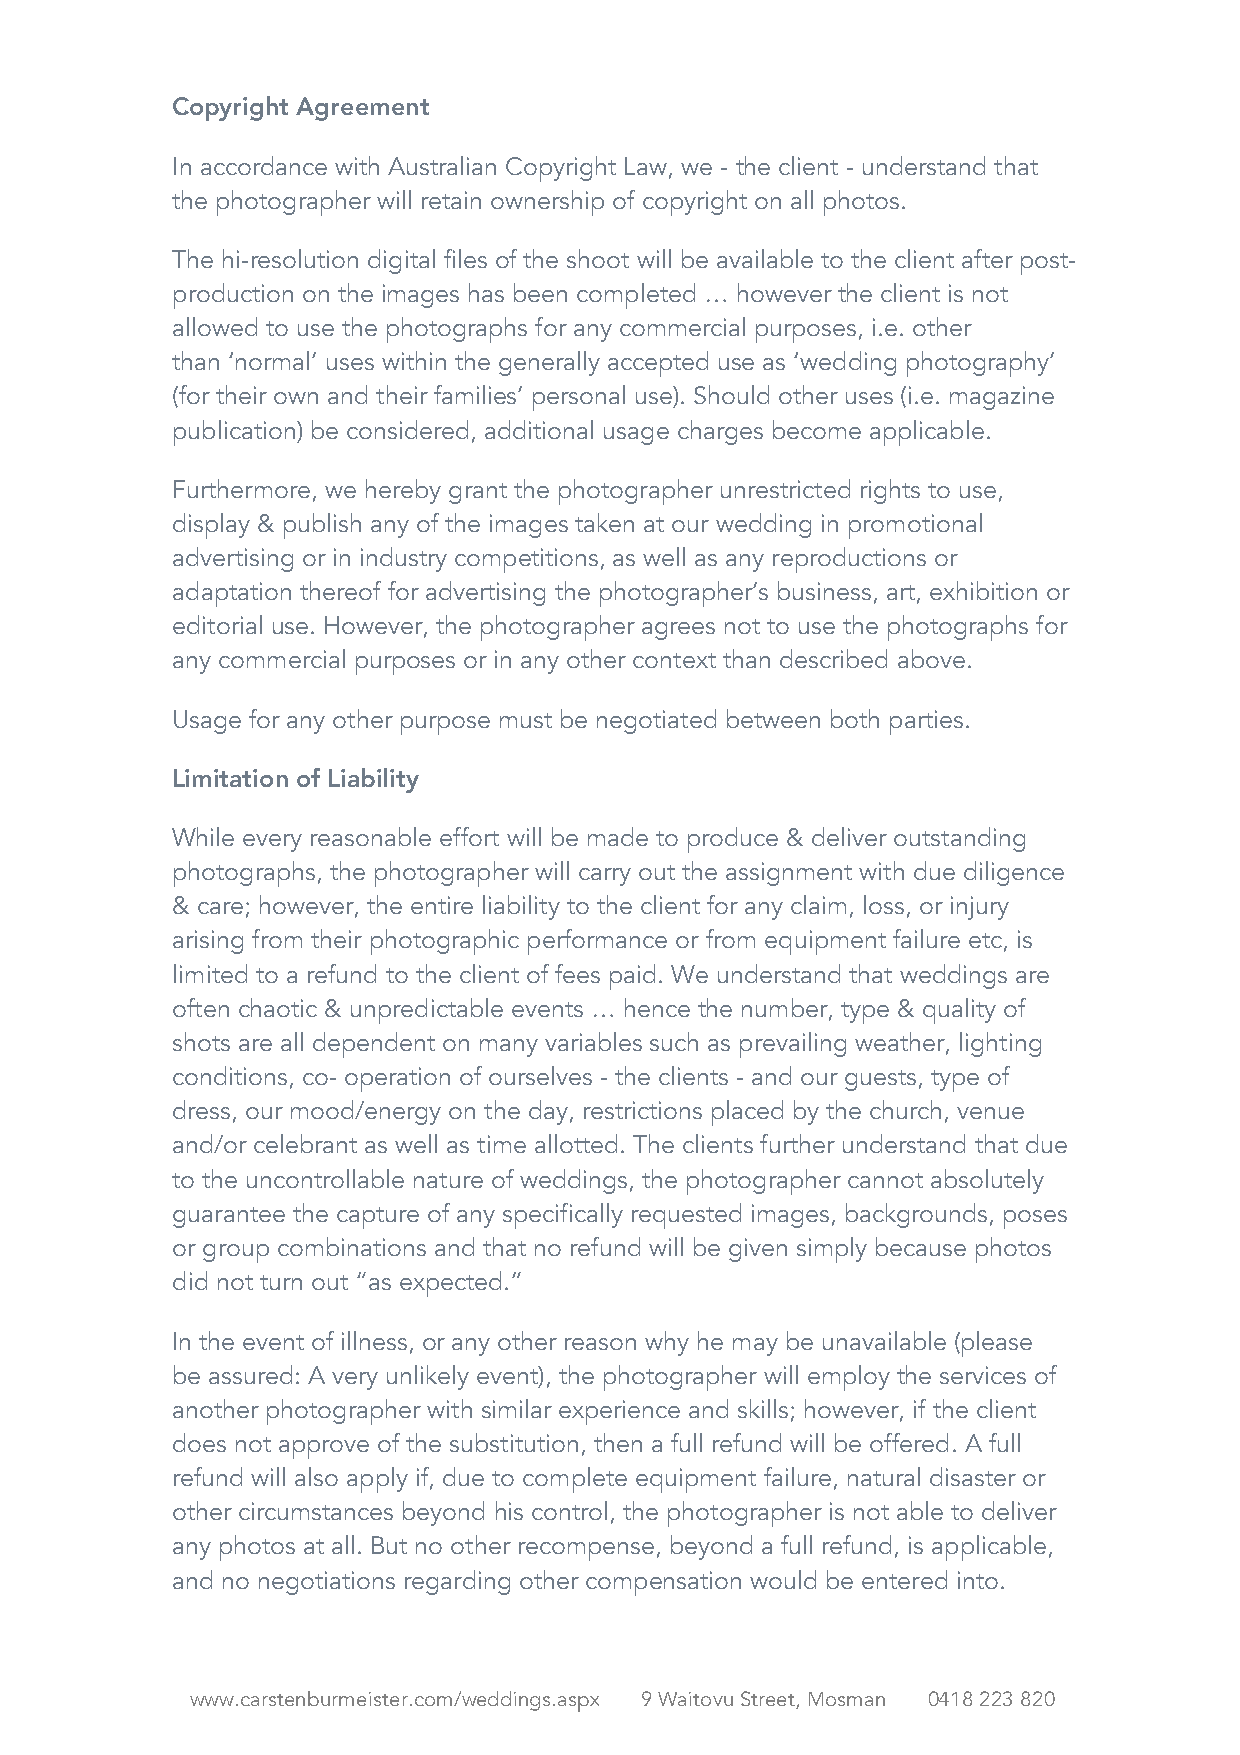
Copyright Agreement
 In accordance with Australian Copyright Law, we - the client - understand that
 the photographer will retain ownership of copyright on all photos.
 The hi-resolution digital files of the shoot will be available to the client after post-
 production on the images has been completed … however the client is not
 allowed to use the photographs for any commercial purposes, i.e. other
 than ‘normal’ uses within the generally accepted use as ‘wedding photography’
 (for their own and their families’ personal use). Should other uses (i.e. magazine
 publication) be considered, additional usage charges become applicable.
 Furthermore, we hereby grant the photographer unrestricted rights to use,
 display & publish any of the images taken at our wedding in promotional
 advertising or in industry competitions, as well as any reproductions or
 adaptation thereof for advertising the photographer’s business, art, exhibition or
 editorial use. However, the photographer agrees not to use the photographs for
 any commercial purposes or in any other context than described above.
 Usage for any other purpose must be negotiated between both parties.
 Limitation of Liability
 While every reasonable effort will be made to produce & deliver outstanding
 photographs, the photographer will carry out the assignment with due diligence
 & care; however, the entire liability to the client for any claim, loss, or injury
 arising from their photographic performance or from equipment failure etc, is
 limited to a refund to the client of fees paid. We understand that weddings are
 often chaotic & unpredictable events … hence the number, type & quality of
 shots are all dependent on many variables such as prevailing weather, lighting
 conditions, co- operation of ourselves - the clients - and our guests, type of
 dress, our mood/energy on the day, restrictions placed by the church, venue
 and/or celebrant as well as time allotted. The clients further understand that due
 to the uncontrollable nature of weddings, the photographer cannot absolutely
 guarantee the capture of any specifically requested images, backgrounds, poses
 or group combinations and that no refund will be given simply because photos
 did not turn out “as expected.”
 In the event of illness, or any other reason why he may be unavailable (please
 be assured: A very unlikely event), the photographer will employ the services of
 another photographer with similar experience and skills; however, if the client
 does not approve of the substitution, then a full refund will be offered. A full
 refund will also apply if, due to complete equipment failure, natural disaster or
 other circumstances beyond his control, the photographer is not able to deliver
 any photos at all. But no other recompense, beyond a full refund, is applicable,
 and no negotiations regarding other compensation would be entered into.
 www.carstenburmeister.com/weddings.aspx 9 Waitovu Street, Mosman 0418 223 820